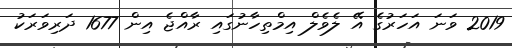
2019 ވަނަ އަހަރުގެ އޭ ލެވެލް އިމްތިހާނުގައި ރާއްޖެ އިން 1677 ދަރިވަރަކު